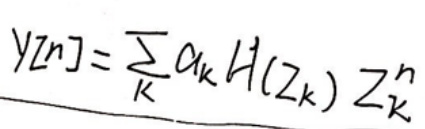
\[
y[n]=\sum_{k} \alpha_{k} H\left(z_{k}\right) z_{k}^{n}
\]